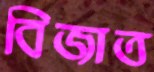
বিজাত